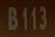
B113